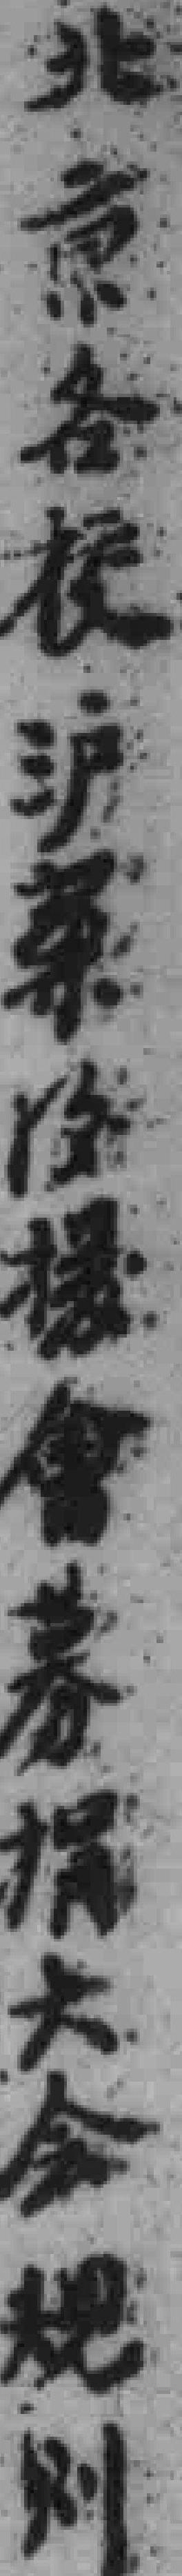
北京各校沪案後援會募捐大會規則